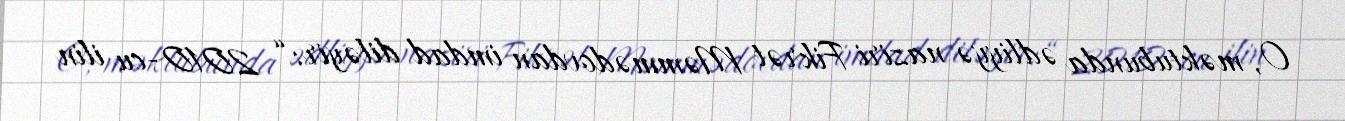
O, məktubunda ədliyyə naziri Fikrət Məmmədovdan imdad diləyir: “ 2010-cu ilin